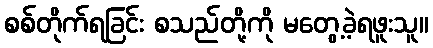
စစ်တိုက်ရခြင်း စသည်တို့ကို မတွေ့ခဲ့ရဖူးသူ။